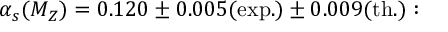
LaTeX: { \alpha _ { s } ( M _ { Z } ) = 0 . 1 2 0 \pm 0 . 0 0 5 \mathrm { ( e x p . ) } \pm 0 . 0 0 9 \mathrm { ( t h . ) } : }